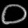
Digit: ၀